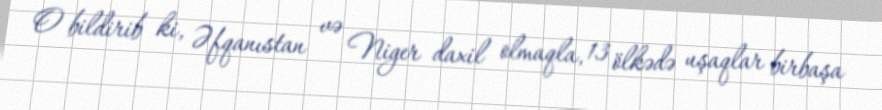
O bildirib ki, Əfqanıstan və Niger daxil olmaqla, 13 ölkədə uşaqlar birbaşa